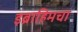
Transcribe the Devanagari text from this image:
इब्राहिमचा